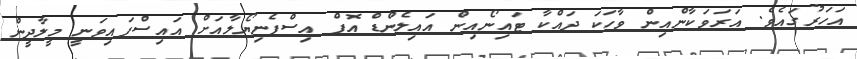
އަހަރުގައެވެ. އަރަވަކާންއިން ވާހަކަ ދައްކާ ޓައިނޯއިން އައިލެންޑް އޮފް އިސްޕެނިޔޯޯލާއަށް އައިސްފައިވަނީ މީލާދީން